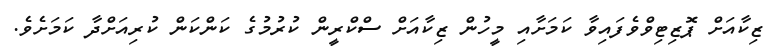
ޒިކާއަށް ޕޮޒިޓިވްވެފައިވާ ކަމަށާއި މީހުން ޒިކާއަށް ސްކްރީން ކުރުމުގެ ކަންކަން ކުރިއަށްދާ ކަމަށެވެ.